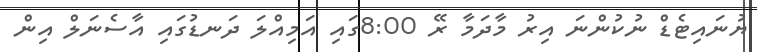
ޔުނައިޓެޑް ނުކުންނަ އިރު މާދަމާ ރޭ 8:00ގައި އަމިއްލަ ދަނޑުގައި އާސެނަލް އިން